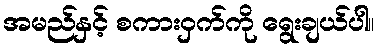
အမည်နှင့် စကားဝှက်ကို ရွေးချယ်ပါ။